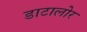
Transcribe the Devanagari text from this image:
डाटालोर